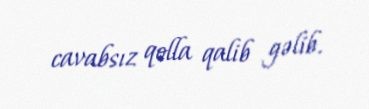
cavabsız qolla qalib gəlib.